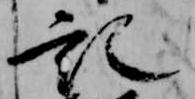
記